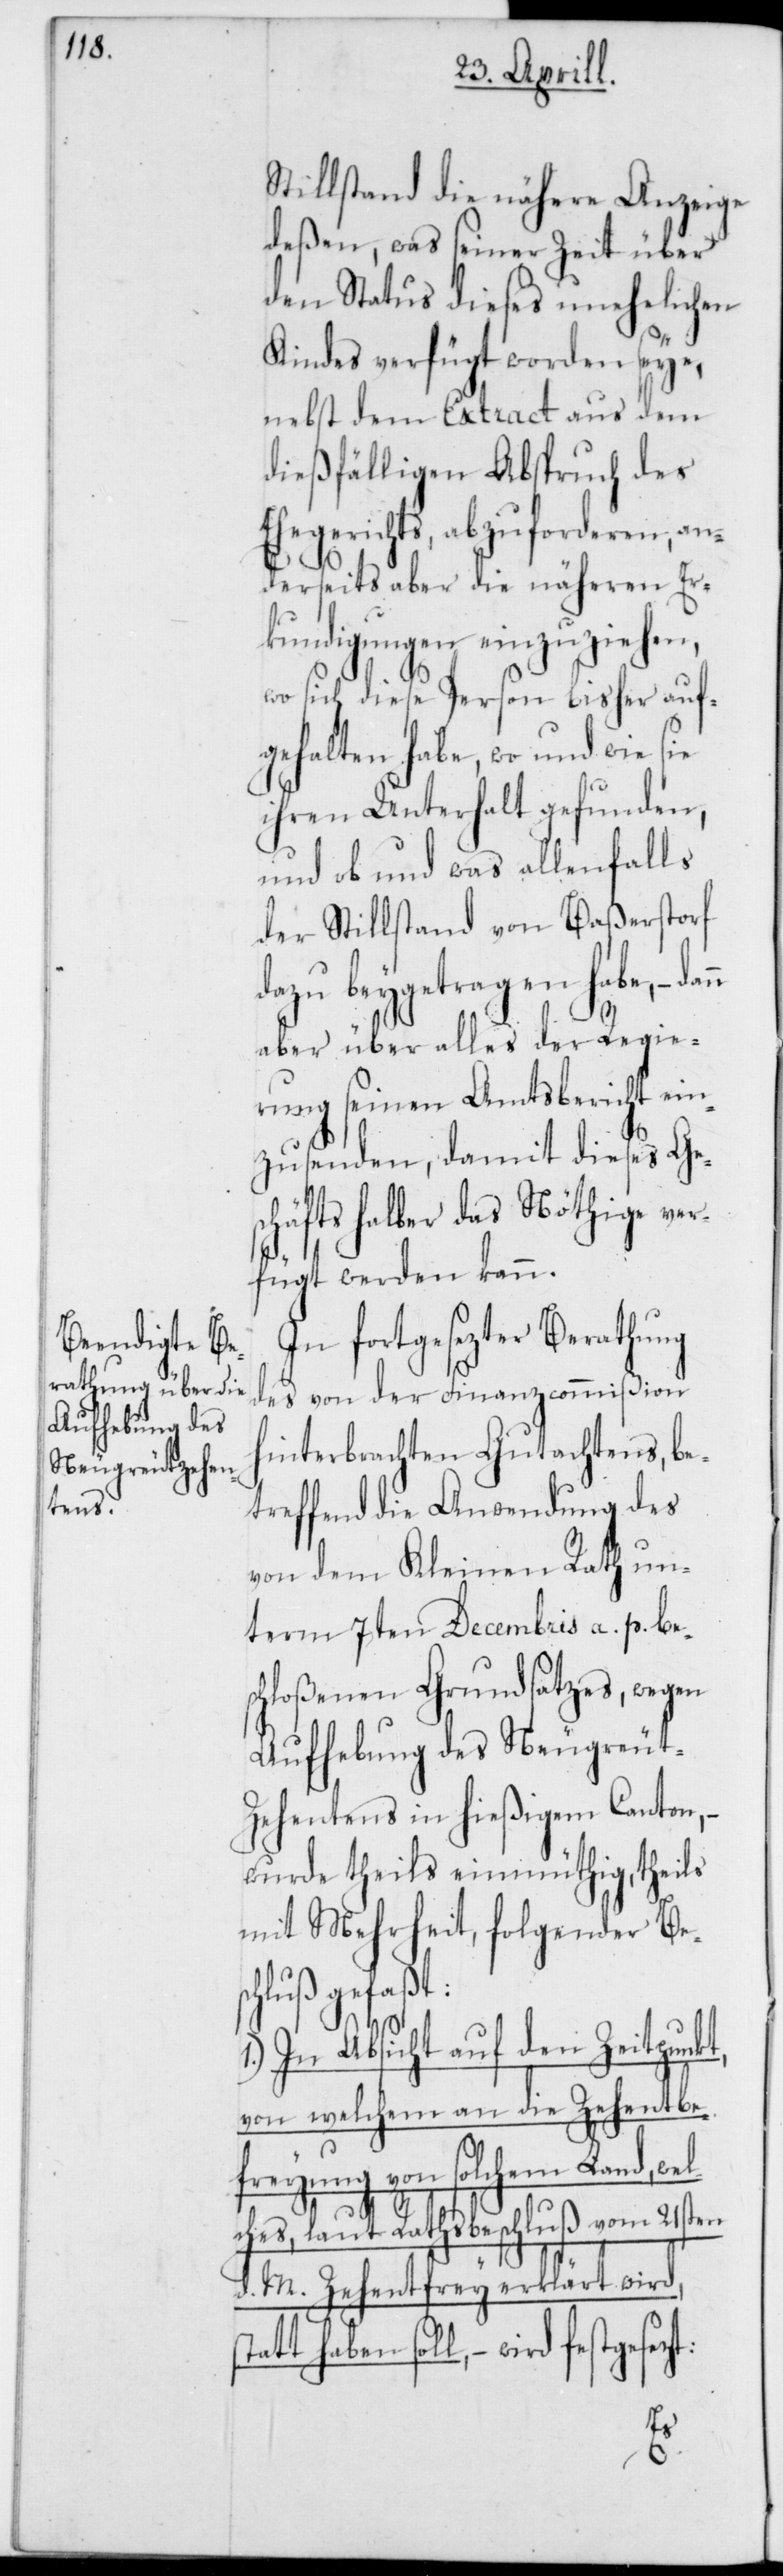
Stillstand die nähere Anzeige
deßen, was seiner Zeit über
den Status dieses unehelichen
Kindes verfügt worden seye,
nebst dem Extract aus dem
dießfälligen Abspruch des
Ehegerichts, abzuforderen, an¬
derseits aber die näheren Er¬
kundigungen einzuziehen,
wo sich diese Person bisher auf¬
gehalten habe, wo und wie sie
ihren Unterhalt gefunden,
und ob und was allenfalls
der Stillstand von Baßerstorf
dazu beygetragen habe, –
aber über alles der Regie¬
rung seinen Amtsbericht ein¬
zusenden, damit dieses Ge¬
schäfts halber das Nöthige ver¬
fügt werden kann.
In fortgesezter Berathung
des von der Finanzcommißion
hinterbrachten Gutachtens, be¬
treffend die Anwendung des
von dem Kleinen Rath un¬
term 7ten Decembris a. p. bes¬
chloßenen Grundsatzes, wegen
Aufhebung des Neugreut-Z¬
ehentens in hießigem Canton,
wurde theils einmüthig, theils
mit Mehrheit, folgender Be¬
hluß gefaßt:
1.) In Absicht auf den Zeitpunk¬
von welchem an die Zehentbe¬
freyung von solchem Land, wel¬
ches laut Rathsbeschluß vom 21sten
d. M. Zehentfrey erklärt wird,
tatt haben soll, – wird festge¬
sezt: